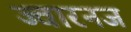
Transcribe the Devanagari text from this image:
ज्वारनज